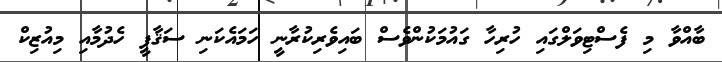
ބާއްވާ މި ފެސްޓިވަލްގައި ހުރިހާ ގައުމަކުންވެސް ބައިވެރިކުރާނީ ހަމައެކަނި ސަޤާފީ ހެދުމާއި މިއުޒިކް